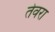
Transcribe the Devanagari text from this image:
तेवरा